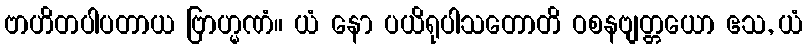
ဗာဟိတပါပတာယ ဗြာဟ္မဏံ။ ယံ နော ပယိရုပါသတောတိ ဝစနဗျတ္တယော ဧသ, ယံ